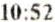
10:52